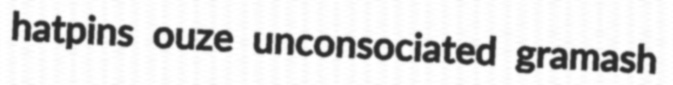
hatpins ouze unconsociated gramash